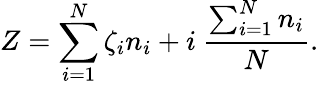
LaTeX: Z=\sum_{i=1}^{N}\zeta_{i}n_{i}+i\: \frac{\sum_{i=1}^{N}n_{i}}{N}.